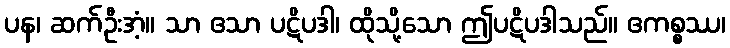
ပန၊ ဆက်ဦးအံ့။ သာ ဧသာ ပဋိပဒါ၊ ထိုသို့သော ဤပဋိပဒါသည်။ ဧကစ္စဿ၊